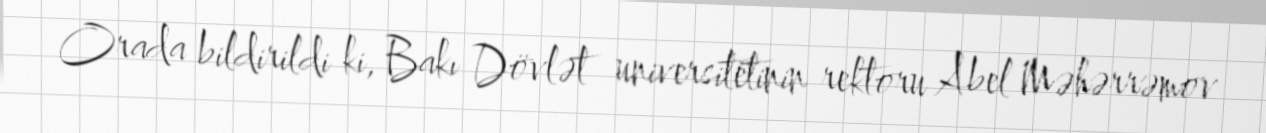
Orada bildirildi ki, Bakı Dövlət universitetinin rektoru Abel Məhərrəmov